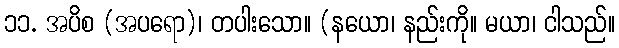
၁၁. အပိစ (အပရော)၊ တပါးသော။ (နယော၊ နည်းကို။ မယာ၊ ငါသည်။